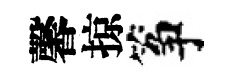
馨掠筝